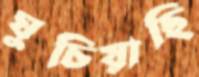
ঘুচিয়াছি